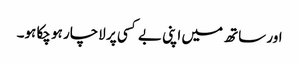
اور ساتھ میں اپنی بے کسی پر لاچار ہو چکا ہو۔